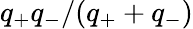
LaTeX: q_{+}q_{-}/(q_{+}+q_{-})